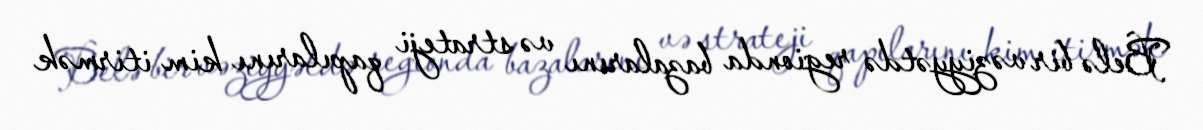
Belə bir vəziyyətdə regionda bazalarını və strateji qapılarını kim itirmək